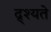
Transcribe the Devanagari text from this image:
द्र्श्यते